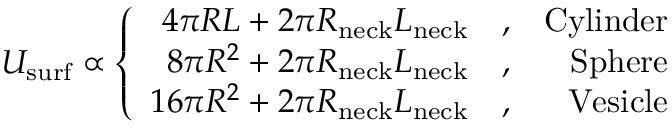
U _ { \mathrm { s u r f } } \propto \left\{ \begin{array} { r l r } { 4 \pi R L + 2 \pi R _ { \mathrm { n e c k } } L _ { \mathrm { n e c k } } } & { , } & { \mathrm { C y l i n d e r } } \\ { 8 \pi R ^ { 2 } + 2 \pi R _ { \mathrm { n e c k } } L _ { \mathrm { n e c k } } } & { , } & { \mathrm { S p h e r e } } \\ { 1 6 \pi R ^ { 2 } + 2 \pi R _ { \mathrm { n e c k } } L _ { \mathrm { n e c k } } } & { , } & { \mathrm { V e s i c l e } } \end{array} \right.